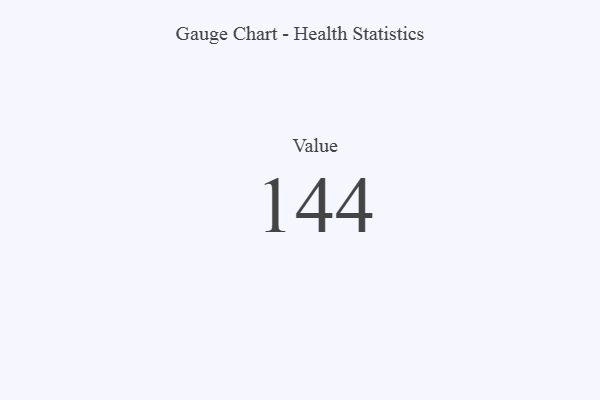
{"axis": {"x": "Metric", "y": "Value"}, "legend": [""], "data": [{"x": "Value", "y": 144, "type": ""}]}